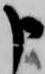
申